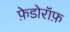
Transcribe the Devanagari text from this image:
फ़ेडोरॉफ़